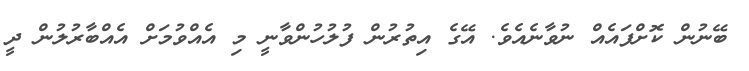
ބޭނުން ކޮށްފައެއް ނުވާނެއެވެ. އޭގެ އިތުރުން ފުލުހުންވާނީ މި އެއްވުމަށް އެއްބާރުލުން ދީ